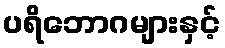
ပရိဘောဂများနှင့်